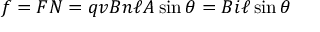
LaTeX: f = F N = q v B n \ell A \sin \theta = B i \ell \sin \theta